Bulletin of the Pasteur Institute of Southern India, Coonoor - No. 2.
Year: 1909
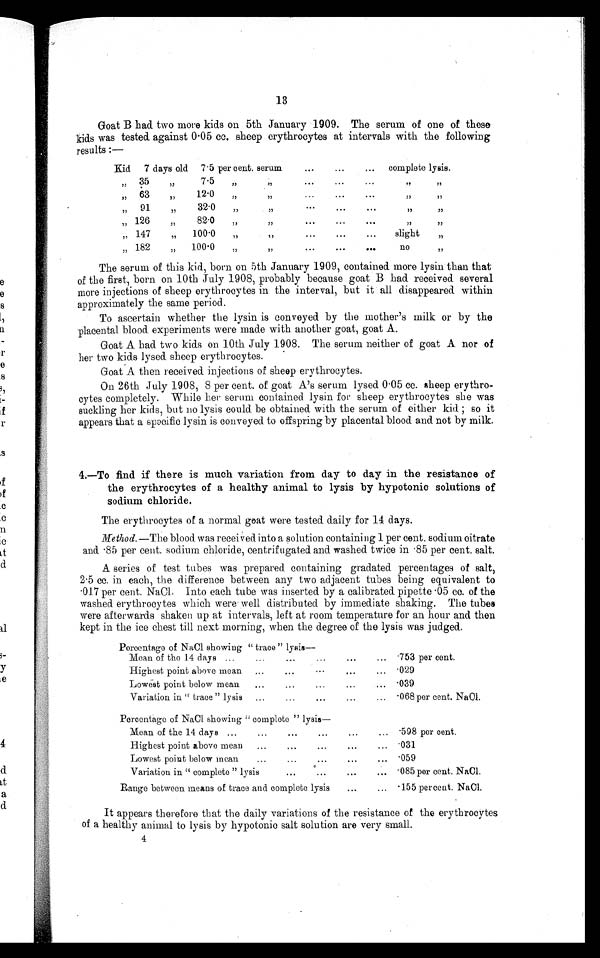
13
Goat B had two more kids on 5th January 1909. The serum of one of these
kids was tested. against 0 . 05 cc. sheep erythrocytes at intervals with the following
results :—
Kid 7 days old 7 . 5 per cent. serum
. . .
. . .
. . .
complete lysis.
35
7.5
63
12.0
91
32.0
126
82.0
147
100.0
slight
182
100.0
no
The serum of this kid, born on 5th January 1909, Contained more lysin than that
of the first, born on 10th July 1908, probably because goat B had received several
more injections of sheep erythrocytes in the interval, but it all disappeared within
approximately the same period.
To ascertain whether the lysin is conveyed by the mother's milk or by the
'placental blood experiments were made with another goat, goat A.
Goat A had two kids on 10th July 1908. The serum neither of goat A nor of
her two kids lysed sheep erythrocytes.
Goat A then received. injections of sheep erythrocytes.
On 26th July 1908, 8 per cent. of goat A's serum lysed 0 . 05 cc. sheep erythro-
cytes completely. While her serum contained lysin for sheep erythrocytes she was
suckling her kids, but no lysis could be obtained with the serum of either kid ; so it
appears that a specific lysin is conveyed to offspring by placental blood and not by milk.
4,—To find if there is much variation from day to day in the resistance of
the erythrocytes of a healthy animal to lysis by hypotonic solutions of
sodium chloride,
The erythrocytes of a normal goat were tested daily for 14 days.
Method. —The blood was received into a solution containing 1 per cent. sodium citrate
and 85 per cent. sodium chloride, centrifugated and washed twice in . 85 per cent. salt.
A series of test tubes was prepared containing gradated. percentages of salt,
2 . 5 cc. in each, the difference between any two adjacent tubes being equivalent to
017 per cent. NaCI. Into each tube was inserted by a calibrated pipette 05 co. of the
washed. erythrocytes which were well distributed by immediate shaking. The tubes
were afterwards shaken up at intervals, left at room temperature for an hour and then
kept in the ice chest till next morning, when the degree of the lysis was judged.
Percentage of NaC1 showing " trace " lysis—
. .
.
Mean of the 14 days
753 per cent.
Highest point above mean
029
Lowest point below mean
039
Variation in " trace " lysis
068 per cent. NaOl.
Percentage of NaCl showing complete "Iysis—
Mean of the 14 days
598 per cent.
Highest point above mean
'031
Lowest point below mean
059
Variation in " complete " lysis
'085 per cent. NaOl.
Range between means of trace and complete lysis
155 percent. NaC1.
It appears therefore that the daily variations of the resistance of the erythrocytes
of a healthy animal to lysis by h ypotonic salt solution are very small.
4